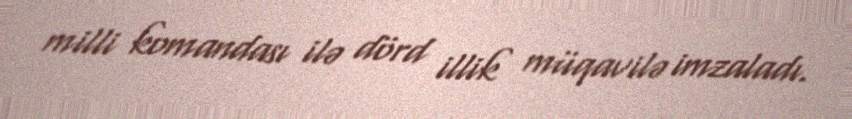
milli komandası ilə dörd illik müqavilə imzaladı.